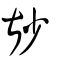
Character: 尠